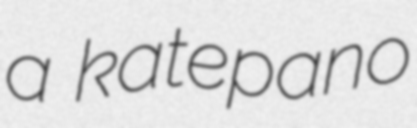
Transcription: a katepano